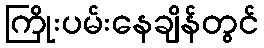
ကြိုးပမ်းနေချိန်တွင်